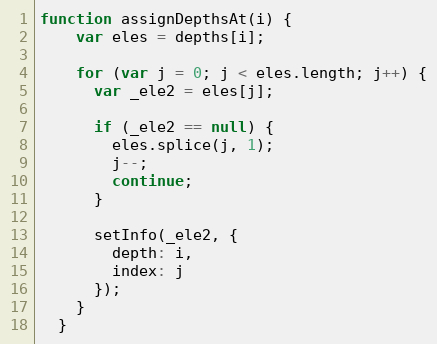
Language: JavaScript
function assignDepthsAt(i) {
    var eles = depths[i];

    for (var j = 0; j < eles.length; j++) {
      var _ele2 = eles[j];

      if (_ele2 == null) {
        eles.splice(j, 1);
        j--;
        continue;
      }

      setInfo(_ele2, {
        depth: i,
        index: j
      });
    }
  }